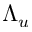
\Lambda _ { u }